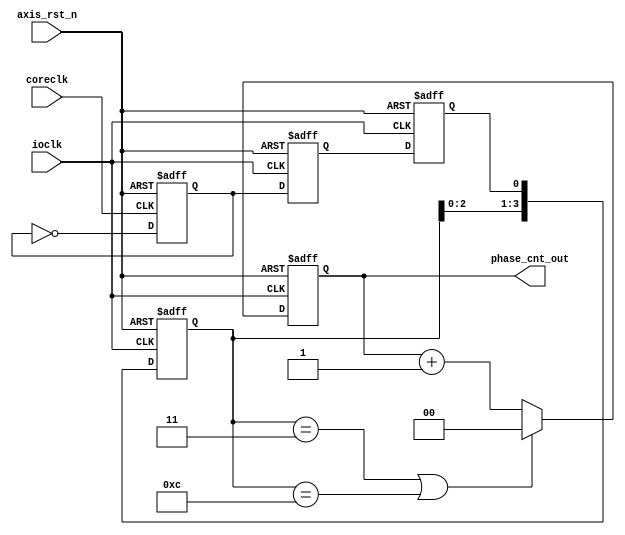
`timescale 1ns / 1ps
//////////////////////////////////////////////////////////////////////////////////
//
//
// Design Name:
// Module Name: fsic_coreclk_phase_cnt
// Project Name:
// Target Devices:
// Tool Versions:
// Description:
//
// Dependencies:
//
// Revision:
// Revision 0.01 - File Created
// Additional Comments:
//
//////////////////////////////////////////////////////////////////////////////////


module fsic_coreclk_phase_cnt#(
		parameter pCLK_RATIO =4
	) (
		input wire 	axis_rst_n,
		input wire 	ioclk,
		input wire 	coreclk,
		output wire	[$clog2(pCLK_RATIO)-1:0] phase_cnt_out
	);

    reg [pCLK_RATIO-1:0] clk_seq;
    reg [$clog2(pCLK_RATIO)-1:0] phase_cnt;
    assign phase_cnt_out = phase_cnt;

	reg core_clk_toggle;
    always @(posedge coreclk or negedge axis_rst_n) begin
        if ( !axis_rst_n ) begin
            core_clk_toggle <= 0;
        end
        else begin
            core_clk_toggle <= ~core_clk_toggle;
        end
    end

	reg pre_core_clk_toggle;
	reg sync_core_clk_toggle;
	
    always @(posedge ioclk or negedge axis_rst_n) begin
        if ( !axis_rst_n ) begin
            pre_core_clk_toggle <= 0;
            sync_core_clk_toggle <= 0;
        end
        else begin
			pre_core_clk_toggle <= core_clk_toggle;
			sync_core_clk_toggle <= pre_core_clk_toggle;		//avoid metastable issue.
        end
    end


    always @(posedge ioclk or negedge axis_rst_n) begin
        if ( !axis_rst_n ) begin
            clk_seq <= 0;
        end
        else begin
            clk_seq[pCLK_RATIO-1:1] <=  clk_seq[pCLK_RATIO-2:0];
            clk_seq[0] <=  sync_core_clk_toggle;
        end
    end


    always @(posedge ioclk or negedge axis_rst_n) begin
        if ( !axis_rst_n) begin
            phase_cnt <= 0;
        end
        else begin
            if ( (clk_seq == 4'h3) || (clk_seq == 4'hc) )
                phase_cnt <= 0;
            else
                phase_cnt <= phase_cnt + 1;
        end
    end

endmodule